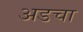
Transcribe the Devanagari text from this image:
अडचा